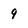
Character: 9